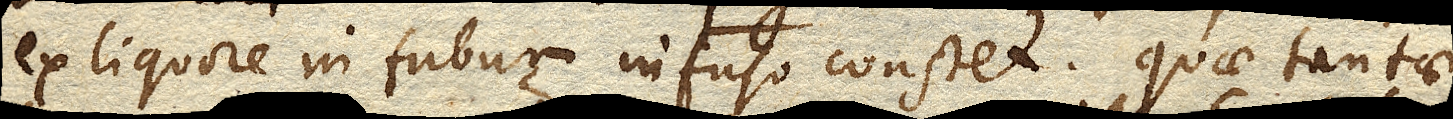
ex liquore in tubum infuso constet. Quae tantae